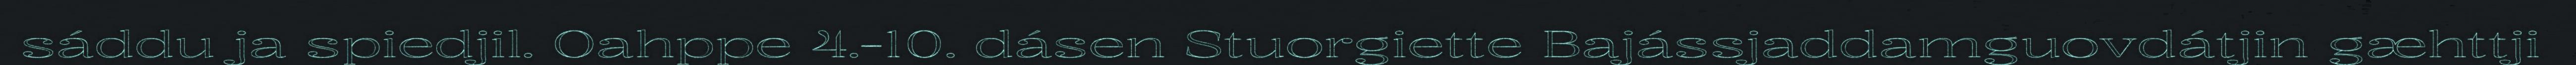
sáddu ja spiedjil. Oahppe 4.-10. dásen Stuorgiette Bajássjaddamguovdátjin gæhttji